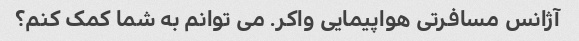
آژانس مسافرتی هواپیمایی واکر. می توانم به شما کمک کنم؟